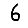
Digit: 6